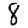
Digit: 8